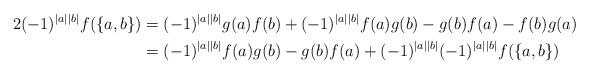
LaTeX: \begin{align*}2(-1)^{|a||b|}f(\{a,b\})&=(-1)^{|a||b|}g(a)f(b)+(-1)^{|a||b|}f(a)g(b)-g(b)f(a)-f(b)g(a)\\&=(-1)^{|a||b|}f(a)g(b)-g(b)f(a)+(-1)^{|a||b|}(-1)^{|a||b|}f(\{a,b\})\end{align*}